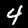
Label: 4